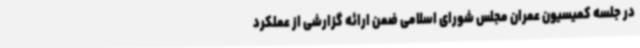
در جلسه کمیسیون عمران مجلس شورای اسلامی ضمن ارائه گزارشی از عملکرد